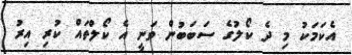
އެކަމަކު މި ދެ ކޯލުގެ ސަބަބުން ވަނީ އެ ކޯލްތައް ކުރި އިރު